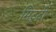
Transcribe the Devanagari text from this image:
मिटृटी